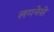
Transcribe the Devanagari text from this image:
लगनेसे